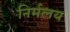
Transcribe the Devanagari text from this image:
निर्मलय